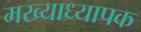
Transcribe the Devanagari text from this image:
मख्याध्यापक